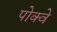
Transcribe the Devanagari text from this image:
पोक्वे